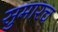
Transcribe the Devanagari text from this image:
सुमारच